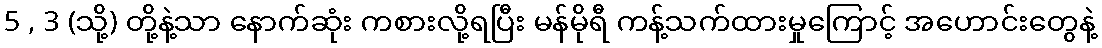
5 , 3 (သို့) တို့နဲ့သာ နောက်ဆုံး ကစားလို့ရပြီး မန်မိုရီ ကန့်သက်ထားမှုကြောင့် အဟောင်းတွေနဲ့